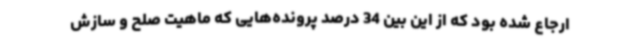
ارجاع شده بود که از این بین 34 درصد پرونده‌هایی که ماهیت صلح و سازش